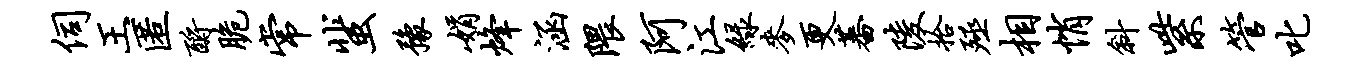
伺王匿酹脆常蜚豫娟烽涵隈阿江绿麦更蕃陵拾殛相悄斜紫管叱